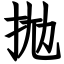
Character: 拋